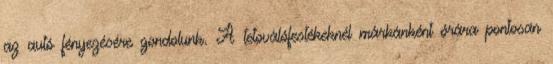
az autó fényezésére gondolunk. A tetoválófestékeknél márkánként órára pontosan